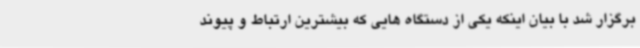
برگزار شد با بیان اینکه یکی از دستگاه هایی که بیشترین ارتباط و پیوند